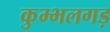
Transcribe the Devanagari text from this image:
कुम्भलगड़